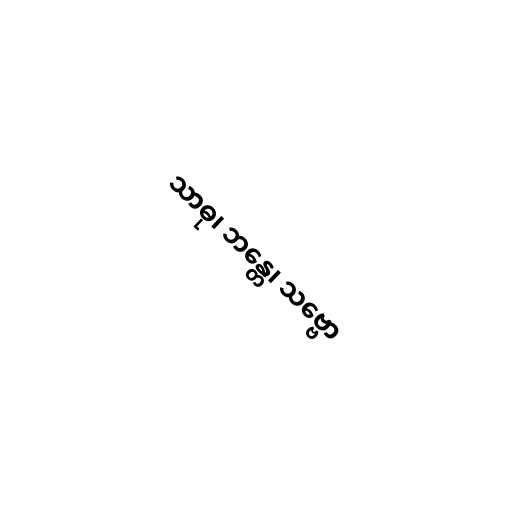
သာဓု၊ ဘန္တေ၊ သဗ္ဗော